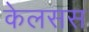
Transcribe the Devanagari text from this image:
केलसस